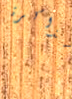
بالذاكرة